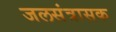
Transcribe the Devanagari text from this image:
जलसंत्रासक